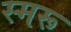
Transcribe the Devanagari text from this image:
स्मरू